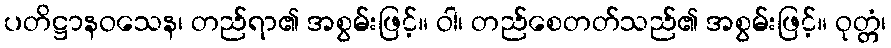
ပတိဋ္ဌာနဝသေန၊ တည်ရာ၏ အစွမ်းဖြင့်။ ဝါ၊ တည်စေတတ်သည်၏ အစွမ်းဖြင့်။ ဝုတ္တံ၊